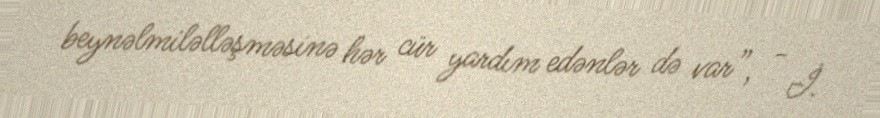
beynəlmiləlləşməsinə hər cür yardım edənlər də var”, - İ.